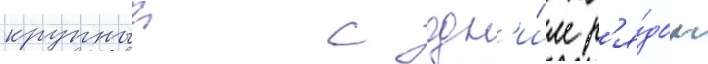
крупныи с одн'и́м р'я́дом